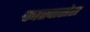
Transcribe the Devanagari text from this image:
कास्पासेस